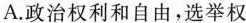
A.政治权利和自由，选举权